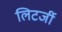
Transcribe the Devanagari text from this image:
लिटर्जी